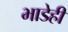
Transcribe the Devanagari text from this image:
भाडेही